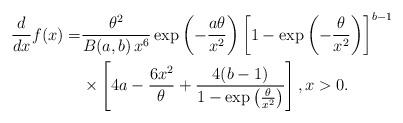
LaTeX: \begin{align*}\frac{d}{dx}f(x) =&\frac{\theta^{2}}{B(a,b)\,x^6}\exp\left(-\frac{a\theta}{x^2}\right)\left[1-\exp\left(-\frac{\theta}{x^2}\right)\right]^{b-1}\\&\times\left[4a-\frac{6x^2}{\theta}+\frac{4(b-1)}{1-\exp\left(\frac{\theta}{x^2}\right)}\right],x>0.\end{align*}